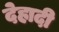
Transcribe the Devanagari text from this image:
देहादी